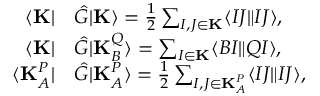
\begin{array} { r l } { \langle \mathbf { K } | } & { \hat { G } | \mathbf { K } \rangle = \frac { 1 } { 2 } \sum _ { I , J \in \mathbf { K } } \langle I J \| I J \rangle , } \\ { \langle \mathbf { K } | } & { \hat { G } | \mathbf { K } _ { B } ^ { Q } \rangle = \sum _ { I \in \mathbf { K } } \langle B I \| Q I \rangle , } \\ { \langle \mathbf { K } _ { A } ^ { P } | } & { \hat { G } | \mathbf { K } _ { A } ^ { P } \rangle = \frac { 1 } { 2 } \sum _ { I , J \in \mathbf { K } _ { A } ^ { P } } \langle I J \| I J \rangle , } \end{array}